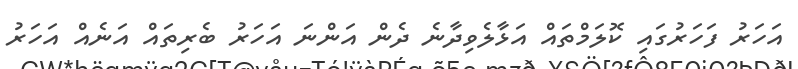
އަހަރު ފަހަރުގައި ކޮލަމްތައް އަޅާލެވިދާނެ ދެން އަންނަ އަހަރު ބެރިތައް އަނެއް އަހަރު